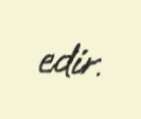
edir.